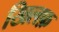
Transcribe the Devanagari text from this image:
खिलफ़